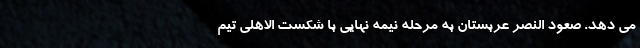
می دهد. صعود النصر عربستان به مرحله نیمه نهایی با شکست الاهلی تیم